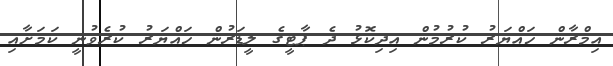
އިމްރާން ހައްޔަރު ކުރުމުން އިދިކޮޅު ދެ ޕާޓީގެ ލީޑަރުން ހައްޔަރު ކުރެވުނީ ކަމަށާއި